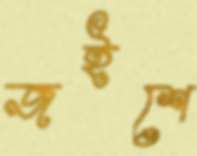
জইশে